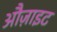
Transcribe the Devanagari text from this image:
औज़ाइट